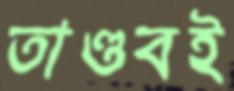
তাণ্ডবই